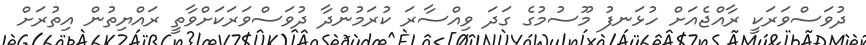
ދުވަސްވަރަކީ ރާއްޖެއަށް ހުޅަނފު މޫސުމުގެ ގަދަ ވިއްސާރަ ކުރަމުންދާ ދުވަސްވަރަކަށްވާތީ ރައްޔިތުން އިތުރަށް